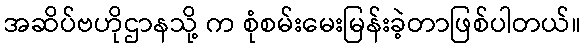
အဆိပ်ဗဟိုဌာနသို့ က စုံစမ်းမေးမြန်းခဲ့တာဖြစ်ပါတယ်။